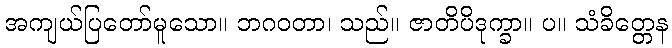
အကျယ်ပြတော်မူသော။ ဘဂဝတာ၊ သည်။ ဇာတိပိဒုက္ခာ။ ပ။ သံခိတ္တေန